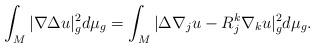
LaTeX: \begin{align*}\int_M |\nabla \Delta u|_g^2 d\mu_g=\int_M |\Delta \nabla_j u-R_j^k \nabla_k u|_g^2 d\mu_g.\end{align*}